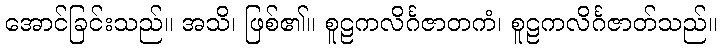
အောင်ခြင်းသည်။ အသိ၊ ဖြစ်၏။ စူဠကလိင်္ဂဇာတကံ၊ စူဠကလိင်္ဂဇာတ်သည်။